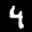
Label: 4